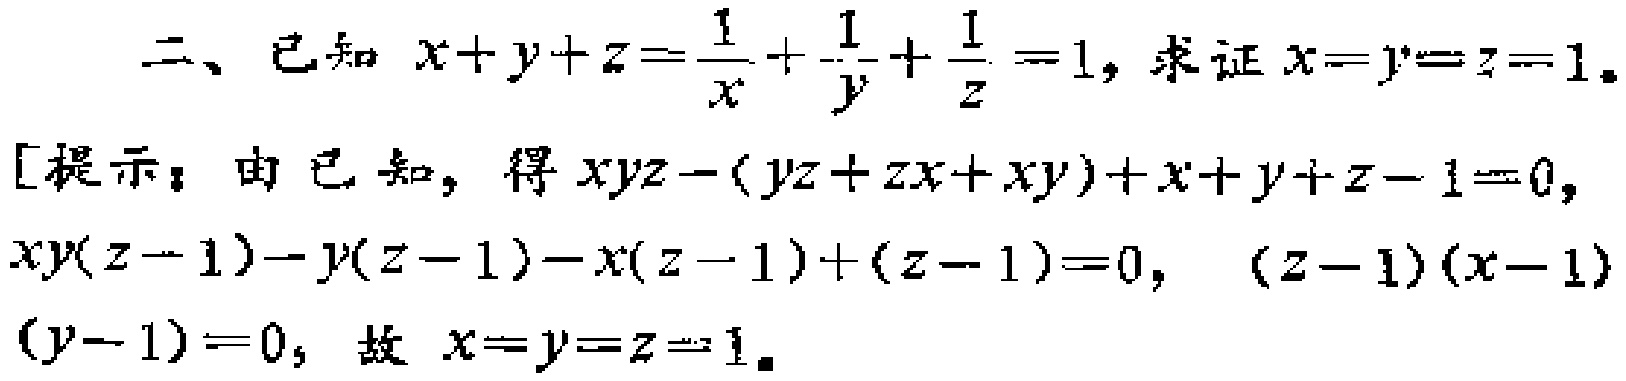
二、已知 \(x + y + z=\frac{1}{x}+\frac{1}{y}+\frac{1}{z}=1\)，求证 \(x = y = z = 1\)。
[提示：由已知，得 \(xyz-(yz + zx+xy)+x + y + z - 1 = 0\)，
\(xy(z - 1)-y(z - 1)-x(z - 1)+(z - 1)=0\)， \((z - 1)(x - 1)(y - 1)=0\)，故 \(x = y = z = 1\)。]